Leaving Certificate Examination (including Day School Certificate (Higher) General paper), 1939
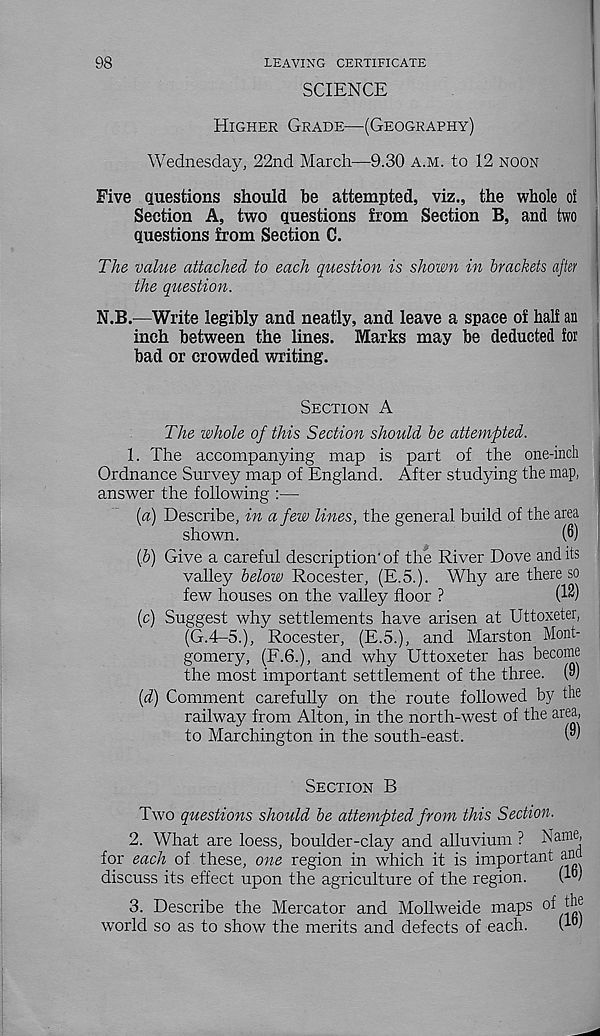
98
LEAVING CERTIFICATE
SCIENCE
Higher Grade—(Geography)
Wednesday, 22nd March—9.30 a.m. to 12 noon
Five Questions should be attempted, viz., the whole of
Section A, two questions from Section B, and two
questions from Section C.
The value attached to each question is shown in brackets after
the question.
N.B.—Write legibly and neatly, and leave a space of half an
inch between the lines. Marks may be deducted for
bad or crowded writing.
Section A
The whole of this Section should be attempted.
1. The accompanying map is part of the one-inch
Ordnance Survey map of England. After studying the map,
answer the following :—
[a) Describe, in a few lines, the general build of the area
shown.
(6)
(&) Give a careful description' of the River Dove and its
valley below Rocester, (E.5.). Why are there so
few houses on the valley floor ?
(1^)
(c) Suggest why settlements have arisen at Uttoxeter,
(G.4-5.), Rocester, (E.5.), and Marston Mont-
gomery, (F.6.), and why Uttoxeter has become
the most important settlement of the three. (9)
(d) Comment carefully on the route followed by the
railway from Alton, in the north-west of the area,
to Marchington in the south-east.
(9)
Section B
Two questions should be attempted from this Section.
2. What are loess, boulder-clay and alluvium ? Name,
for each of these, one region in which it is important an
discuss its effect upon the agriculture of the region.
3. Describe the Mercator and Mollweide maps °f
world so as to show the merits and defects of each.
W-*